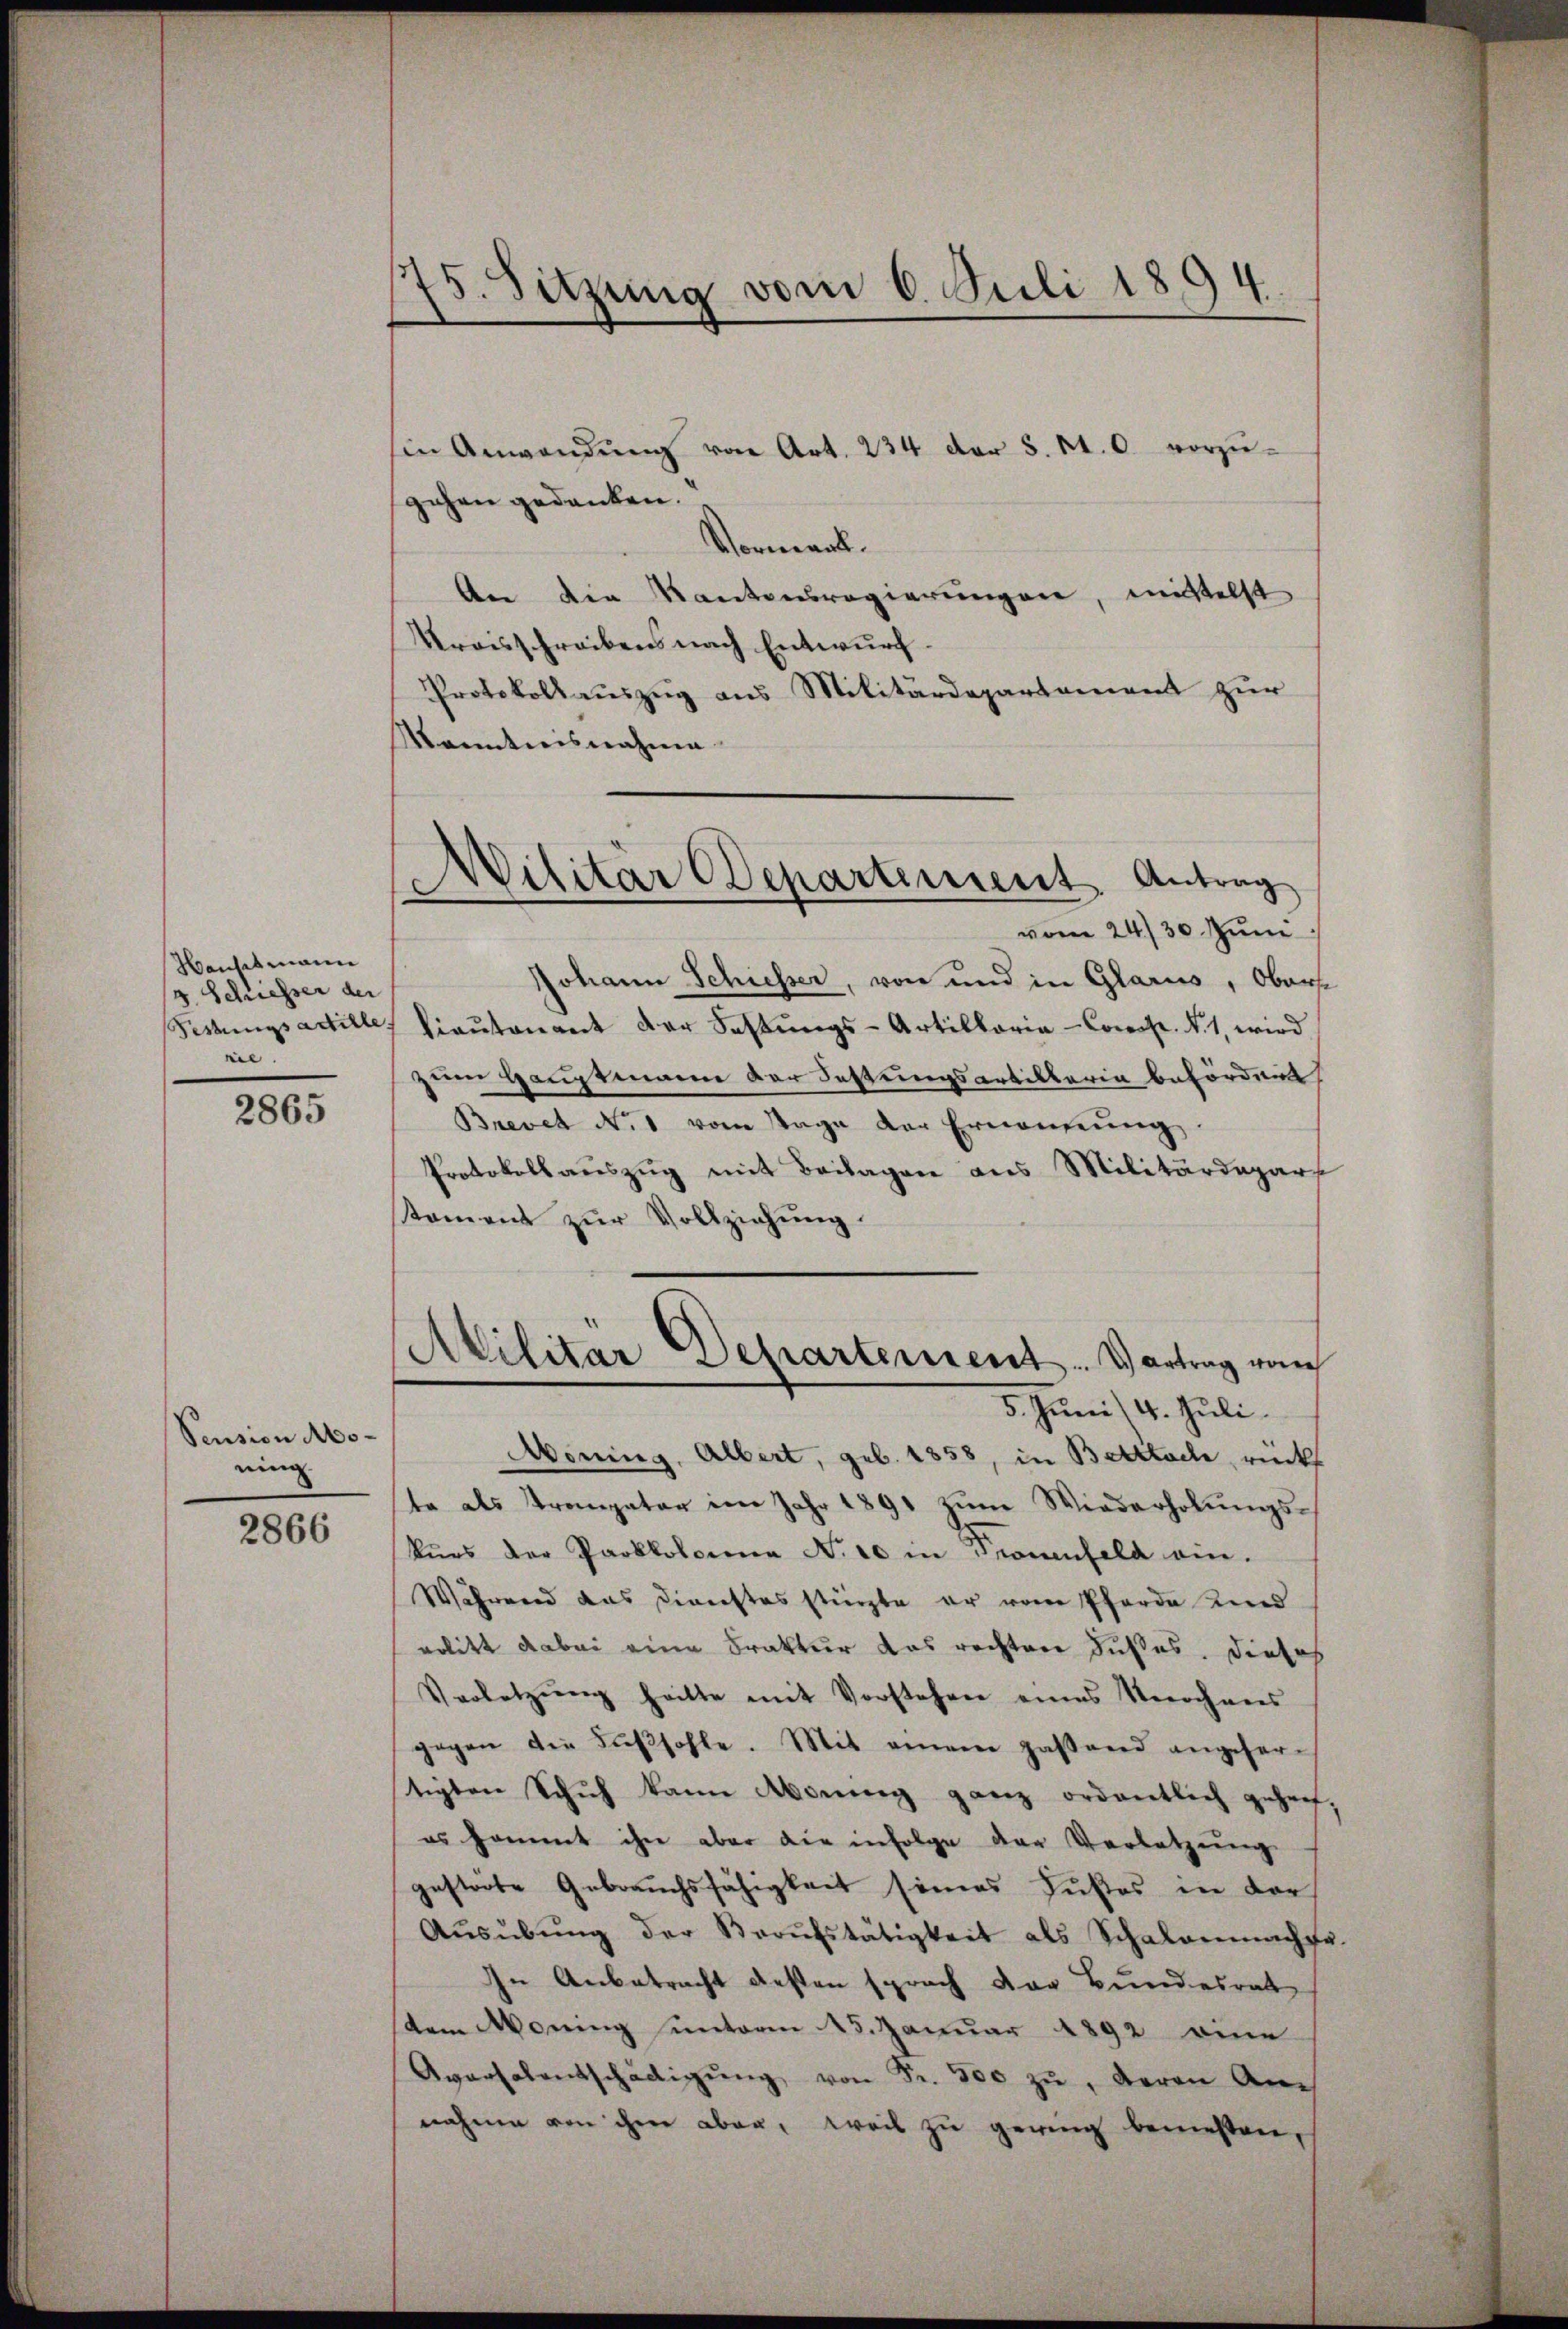
Hansetmann
3. Schiesser der
Pestungsartille.
nie

2865

Pension Moning

2866

75. Sitzung vom 6. Juli 1894

Militär Departement Antrag
vom 24./30. Juni

Ein Anwendŭng von Art. 234 der 5. rt. 6. vorzugehen gedanken.
Vormerk.
An die Kantonsregierungen, mittelst
Kraisschreibens nach Entwurf.
Protokollauszug aus Militärdepartement zur
Kanntnisnahme
Johann Schiesser, von und in Glarus, Ober
kiaŭtenant der Fastŭngs-Artillaria-Comp. N. 1, wird
zum Hauptmann der Festungsartillaria befördert,
Brevet No. 1 vom Tage der Ernennung
Protokoll aŭszŭg mit Beilagen aus Militärdepar
stament zŭr Vollziehŭng.
Militar Departement. Vortrag von
5. Juni /4. Juli.
Morring, Albert, geb. 1858, in Betttach, rücks
te als Trompeter im Jahr 1891 zŭm Wiederholŭngs-
Kŭrs der Parkkoloria N. 10 in Pronenfeld ein-
Während das Direchtes stürzte er vom Pferde Kind
velitt dabei eine Fraktur das rechten Fußes. Diese
Vorletzŭng hatte mit Vorstehen eines Verochens
gegen die Fußsohle. Mit einem passend angefertigten Schuh kann Abdrung ganz ordentlich geheif
es kommt ihn aber die infolge der Verletzŭng
gestörte Gebrauchsfähigkeit seines Fußes in der
Aŭsübŭng der Beaŭfstätigkeit als Schalenmacht
In Anbetracht gesten sprach der Bundesrat
tem Moning unterm 15. Januar 1892 eine
Aversalentschädigŭng von Fr. 500 zŭ, deren An
nahme von ihre aber, weil zu gering bemesten,

1
d.